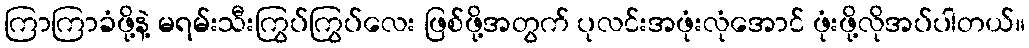
ကြာကြာခံဖို့နဲ့ မရမ်းသီးကြွပ်ကြွပ်လေး ဖြစ်ဖို့အတွက် ပုလင်းအဖုံးလုံအောင် ဖုံးဖို့လိုအပ်ပါတယ်။